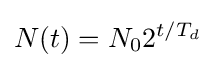
N(t)=N_{0}2^{t/T_{d}}